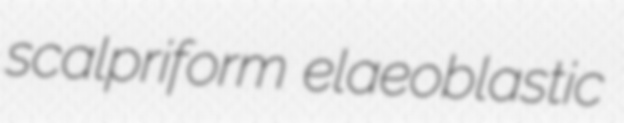
scalpriform elaeoblastic